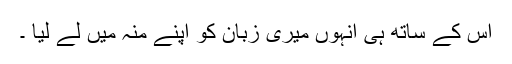
اس کے ساتھ ہی انہوں میری زبان کو اپنے منہ میں لے لیا ۔